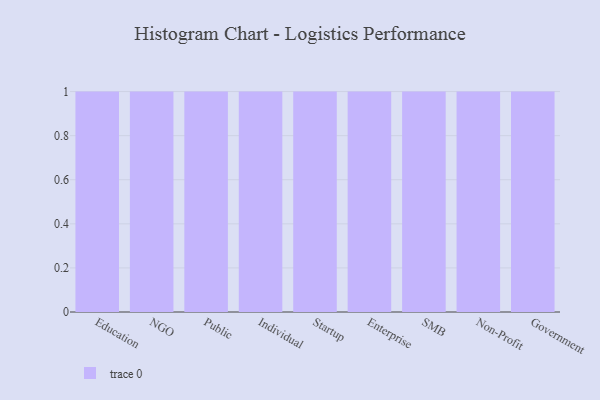
{"axis": {"x": "Segment", "y": "Backlog"}, "legend": [""], "data": [{"x": "Education", "y": 15, "type": ""}, {"x": "NGO", "y": 55, "type": ""}, {"x": "Public", "y": 4, "type": ""}, {"x": "Individual", "y": 89, "type": ""}, {"x": "Startup", "y": 99, "type": ""}, {"x": "Enterprise", "y": 88, "type": ""}, {"x": "SMB", "y": 70, "type": ""}, {"x": "Non-Profit", "y": 47, "type": ""}, {"x": "Government", "y": 73, "type": ""}]}